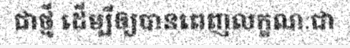
ជាថ្មី ដើម្បីឲ្យបានពេញលក្ខណៈជា